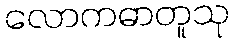
လောကဓာတူသု